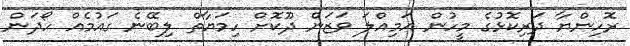
ރޮހިންޔާ ދަރިކޮޅުގެ މީހުން އަމިއްލަ ވަޒަން ދޫކޮށް ހިމަޔާތް ލިބޭނެ ގައުމެއް ހޯދަން